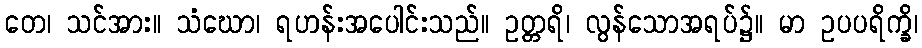
တေ၊ သင်အား။ သံဃော၊ ရဟန်းအပေါင်းသည်။ ဥတ္တရိ၊ လွန်သောအရပ်၌။ မာ ဥပပရိက္ခိ၊